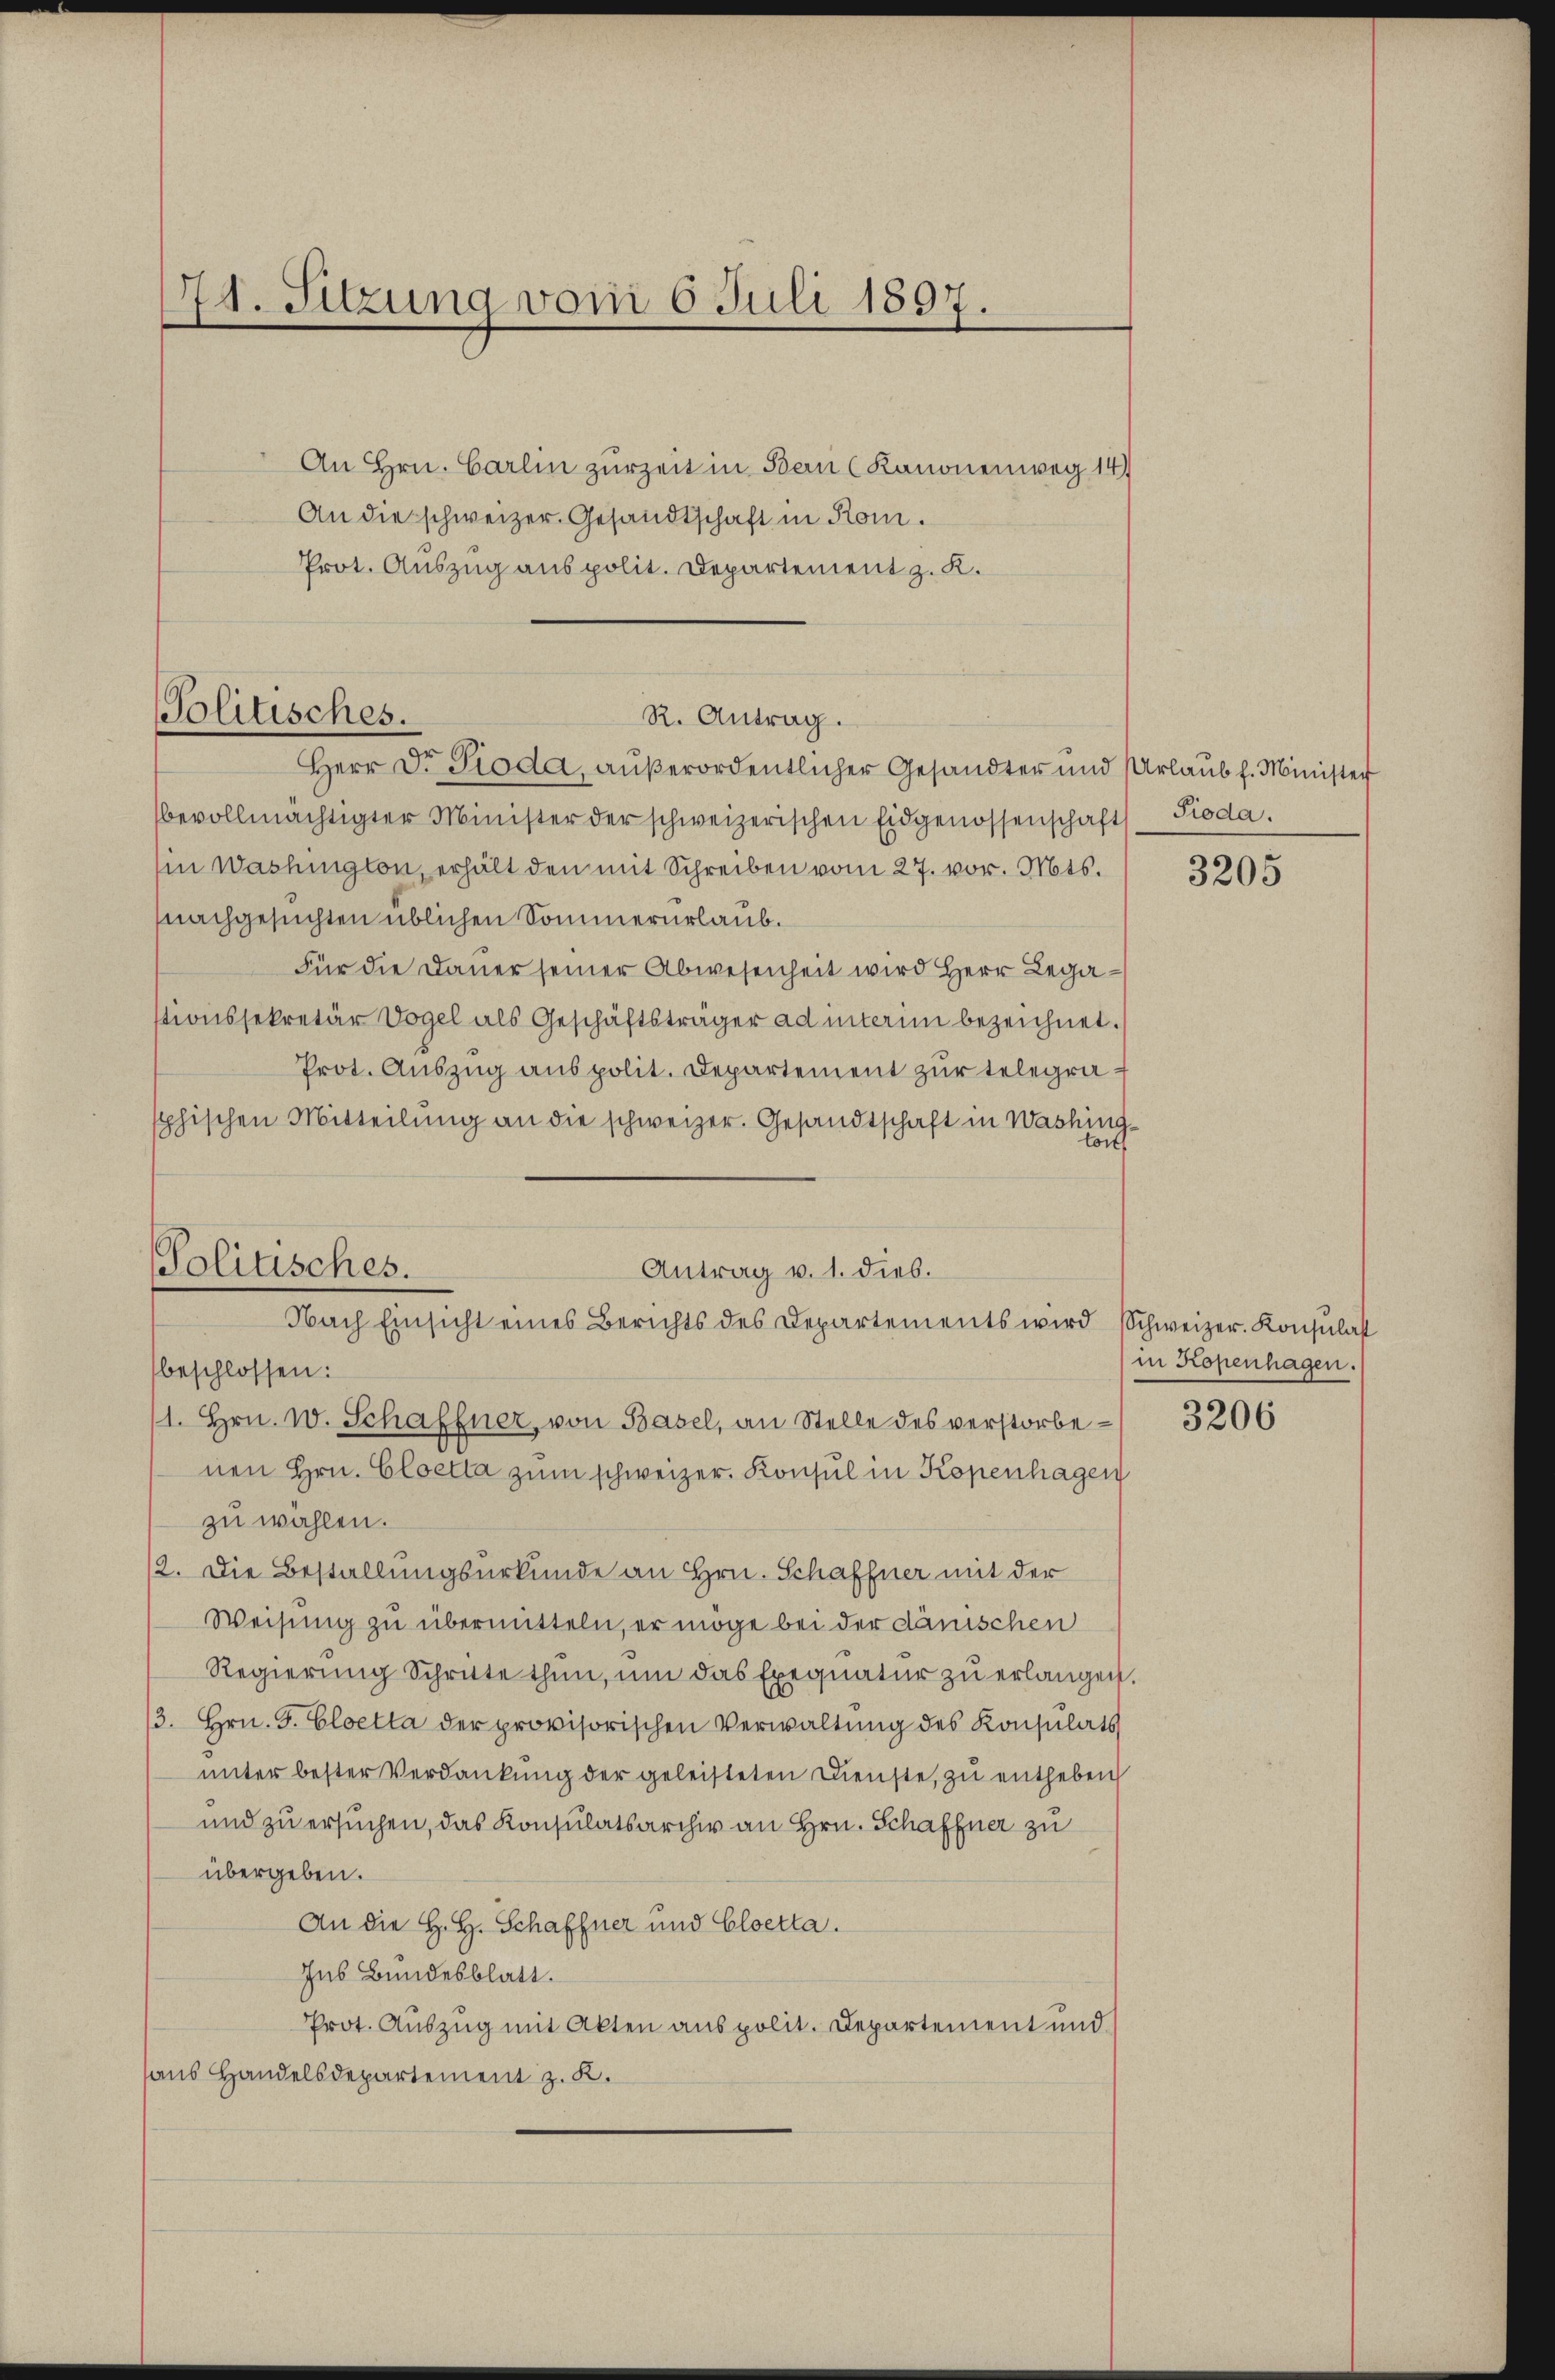
74. Sitzung vom 6 Juli 1897.

An Hrn. Carlin zurzeit in Bau (Kanonenweg 14)
An die schweizer. Gesandtschaft in Rom.
Prot. Auszug aus polit. Departement z. K.

Politisches.
R. Antrag.
Herr Dr Pioda, außerordentlicher Gesandter und Urlaub f. Minister

bevollmächtigter Minister der schweizerischen Eidgenossenschaft Pioda.
in Washington, erhält den mit Schreiben vom 27. vor. Mts.
nachgesuchten üblichen Sommerurlaub.
Für die Dauer seiner Abwesenheit wird Herr Legationssekretär Vogel als Geschäftsträger ad interim bezeichnet.
Prot. Auszug aus polit. Departement zur telegrasphischen Mitteilŭng an die schweizer. Gesandtschaft in Washing¬

Politisches.
Antrag v. 1. dies.
Nach Einsicht eines Berichts des Departements wird Schweizer. Konsulatt

beschlossen:
1. Hrn. w. Schaffner, von Basel, an Stelle des verstorbenen Hrn. Cloetta zum schweizer. Konsul in Kopenhagen
zu wählen.
12. Die Bestallungsurkunde an Hrn. Schaffner mit der
Weisung zu übermitteln, er möge bei der dänischen
Regierung Schritte thun, um das Exequatur zu erlangen.
3. Hrn. F. Cloetta der provisorischen Verwaltung des Konsulats
unter bester Verdankung der geleisteten Dienste, zu entheben
und zu ersuchen, das Konsulatsarchiv an Hrn. Schaffner zu
übergeben.
An die H. H. Schaffner und Cloetta.
Ius Bundesblatt.
Prot. Auszug mit Akten aus polit. Departement und
aus Handelsdepartement z. K.

3205

in Kopenhagen.

3206